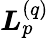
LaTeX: \boldsymbol{L}_{p}^{(q)}